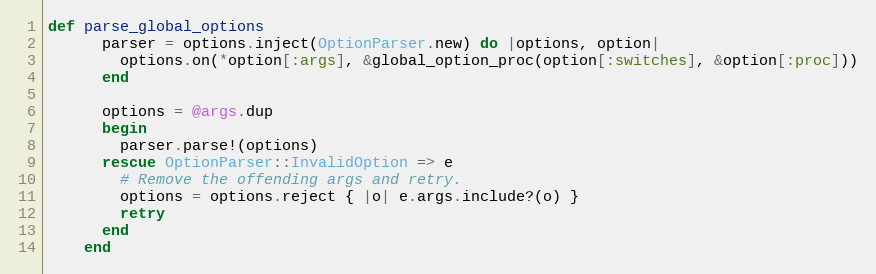
Language: Ruby
def parse_global_options
      parser = options.inject(OptionParser.new) do |options, option|
        options.on(*option[:args], &global_option_proc(option[:switches], &option[:proc]))
      end

      options = @args.dup
      begin
        parser.parse!(options)
      rescue OptionParser::InvalidOption => e
        # Remove the offending args and retry.
        options = options.reject { |o| e.args.include?(o) }
        retry
      end
    end